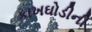
કાખઘોડીની